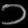
Digit: ၁